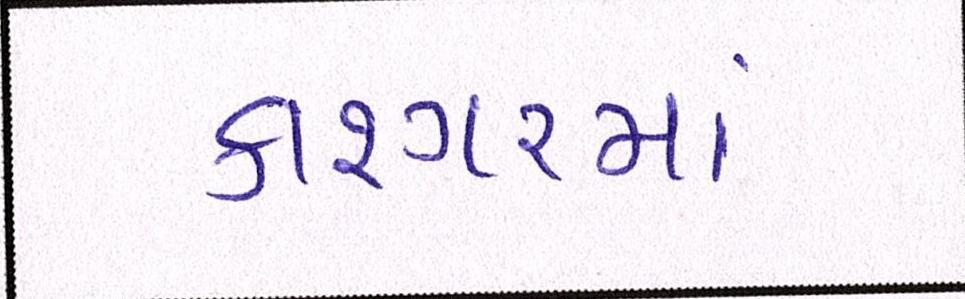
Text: કાશ્ગરમાં